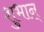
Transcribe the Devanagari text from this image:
शुभान्